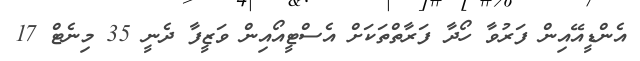
އެންޑީއޭއިން ފަރުވާ ހޯދާ ފަރާތްތަކަށް އެސްޓީއޯއިން ވަޒީފާ ދެނީ 35 މިނެޓް 17